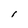
Character: I